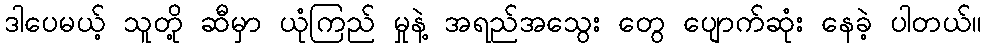
ဒါပေမယ့် သူတို့ ဆီမှာ ယုံကြည် မှုနဲ့ အရည်အသွေး တွေ ပျောက်ဆုံး နေခဲ့ ပါတယ်။